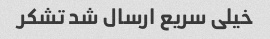
خیلی سریع ارسال شد تشکر